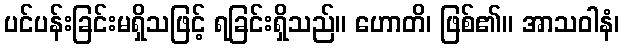
ပင်ပန်းခြင်းမရှိသဖြင့် ရခြင်းရှိသည်။ ဟောတိ၊ ဖြစ်၏။ အာသဝါနံ၊